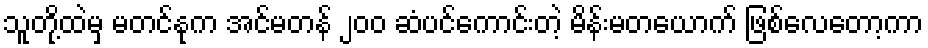
သူတို့ထဲမှ မတင်နုက အင်မတန် ၂၀၀ ဆံပင်ကောင်းတဲ့ မိန်းမတယောက် ဖြစ်လေတော့ကာ